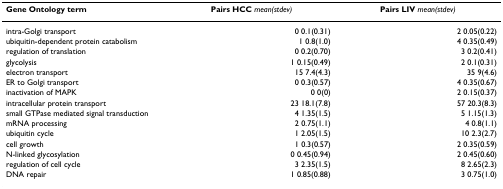
| Gene Ontology term | Pairs HCC mean(stdev) | Pairs LIV mean(stdev) |
 | --- | --- | --- |
 | intra-Golgi transport | 0 0.1(0.31) | 2 0.05(0.22) |
 | ubiquitin-dependent protein catabolism | 1 0.8(1.0) | 4 0.35(0.49) |
 | regulation of translation | 0 0.2(0.70) | 3 0.2(0.41) |
 | glycolysis | 1 0.15(0.49) | 2 0.1(0.31) |
 | electron transport | 15 7.4(4.3) | 35 9(4.6) |
 | ER to Golgi transport | 0 0.3(0.57) | 4 0.35(0.67) |
 | inactivation of MAPK | 0 0(0) | 2 0.15(0.37) |
 | intracellular protein transport | 23 18.1(7.8) | 57 20.3(8.3) |
 | small GTPase mediated signal transduction | 4 1.35(1.5) | 5 1.15(1.3) |
 | mRNA processing | 2 0.75(1.1) | 4 0.8(1.1) |
 | ubiquitin cycle | 1 2.05(1.5) | 10 2.3(2.7) |
 | cell growth | 1 0.3(0.57) | 2 0.35(0.59) |
 | N-linked glycosylation | 0 0.45(0.94) | 2 0.45(0.60) |
 | regulation of cell cycle | 3 2.35(1.5) | 8 2.65(2.3) |
 | DNA repair | 1 0.85(0.88) | 3 0.75(1.0) |